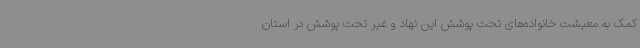
کمک به معیشت خانواده‌های تحت پوشش این نهاد و غیر تحت پوشش در استان